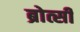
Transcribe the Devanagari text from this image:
ब्रोत्सी